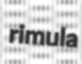
rimula